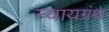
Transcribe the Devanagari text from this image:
न्यायग्रंथ